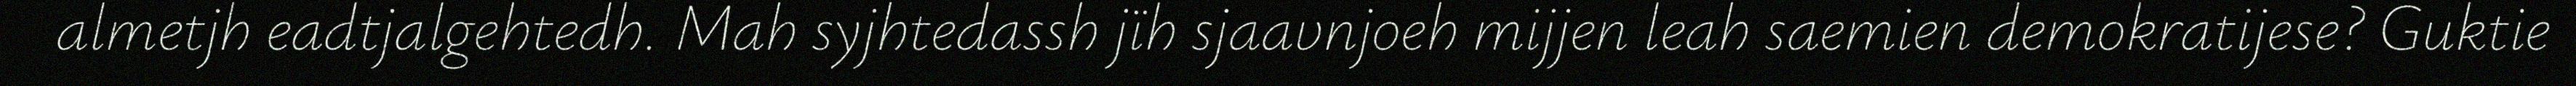
almetjh eadtjalgehtedh. Mah syjhtedassh jïh sjaavnjoeh mijjen leah saemien demokratijese? Guktie